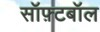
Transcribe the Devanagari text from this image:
सॉफ़्टबॉल